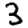
Digit: 3